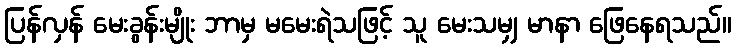
ပြန်လှန် မေးခွန်းမျိုး ဘာမှ မမေးရဲသဖြင့် သူ မေးသမျှ မာနာ ဖြေနေရသည်။